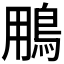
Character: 𩿾